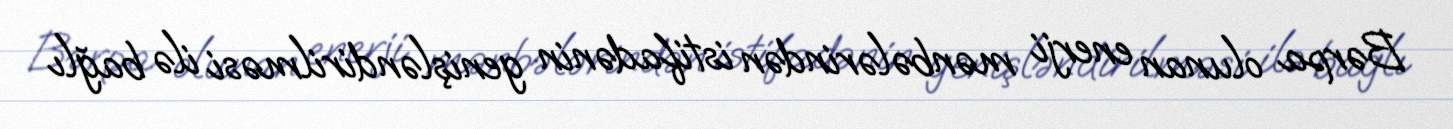
Bərpa olunan enerji mənbələrindən istifadənin genişləndirilməsi ilə bağlı